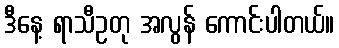
ဒီနေ့ ရာသီဥတု အလွန် ကောင်းပါတယ်။